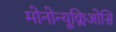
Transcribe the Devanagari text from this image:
मोनोन्यूक्लिओसि